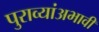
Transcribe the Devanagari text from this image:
पुराव्यांअभावी